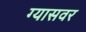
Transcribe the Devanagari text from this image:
ग्यासवर